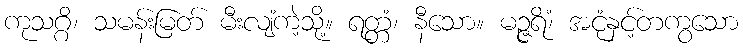
ကုသဂ္ဂိ၊ သမန်းမြတ် မီးလျံကဲ့သို့။ ရတ္တံ၊ နီသော။ မဉ္ဇရိံ၊ အငုံနှင့်တကွသော